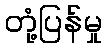
တုံ့ပြန်မှု